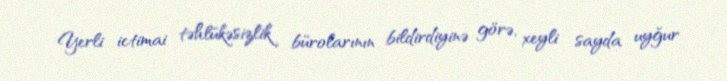
Yerli ictimai təhlükəsizlik bürolarının bildirdiyinə görə, xeyli sayda uyğur